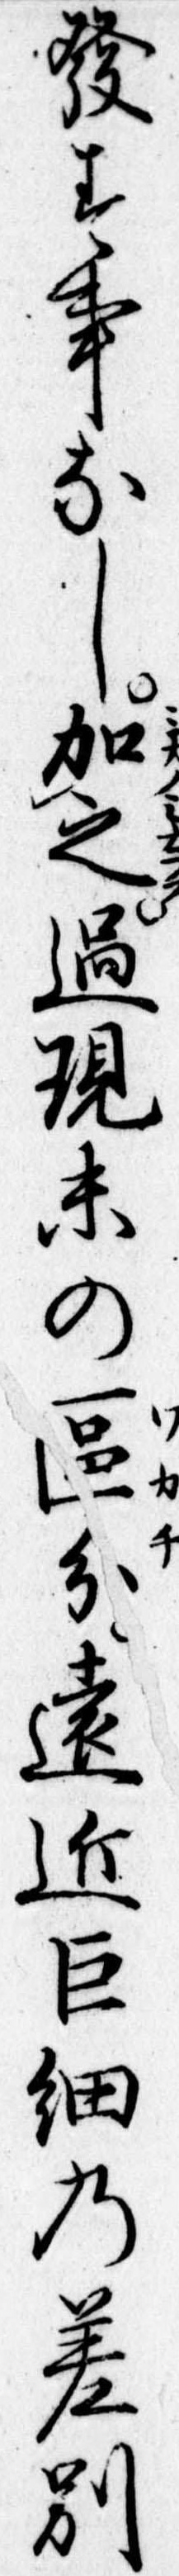
発す事なし加之過現未の區分遠近巨細の差別